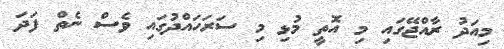
މިއަދު ރާއްޖޭގައި މި އޮތީ މުޅި މި ސަރަހައްދުގައި ވެސް ނެތް ފަދަ